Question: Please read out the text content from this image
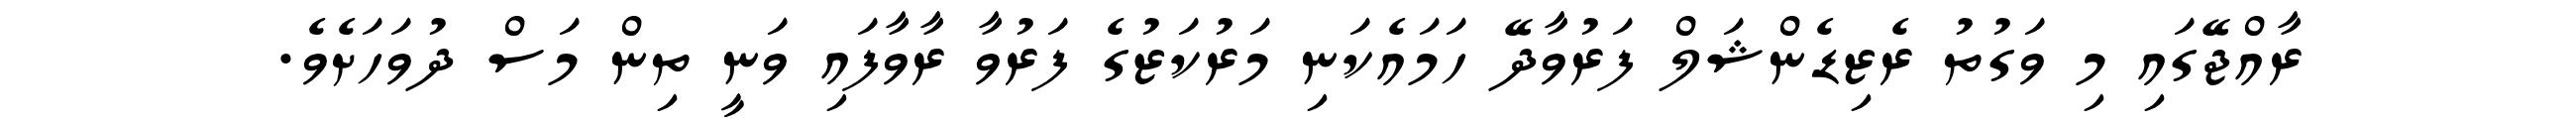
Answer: ރާއްޖޭގައި މި ވަގުތު ރެޒިޑެންޝަލް ފަރުވާދޭ ހަމައެކަނި މަރުކަޒުގެ ފަރުވާ ރާވާފައި ވަނީ ތިން މަސް ދުވަހަށެވެ.